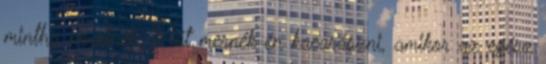
mintha nevetnék. Hát mernék én kacarászni, amikor az egész